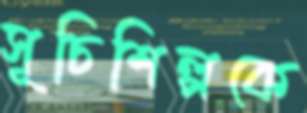
সূচিশিল্পকে